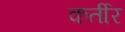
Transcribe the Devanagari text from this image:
कर्तीर